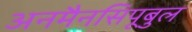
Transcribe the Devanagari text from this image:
अनमैनसिपूबुल